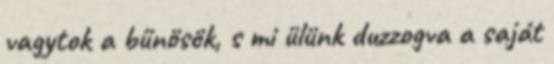
vagytok a bűnösök, s mi ülünk duzzogva a saját